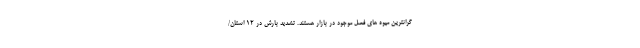
گرانترین میوه های فصل موجود در بازار هستند. تشدید بارش در ۱۲ استان/